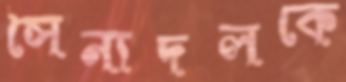
সৈন্যদলকে